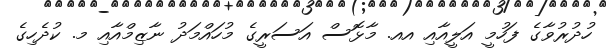
ހުދުރުވާގެ ފަހުމީ އަލީއާއި އއ. މާޅޮސް އަސަރީގެ މުހައްމަދު ނާޒިމްއާއި މ. ކުދެހިގެ